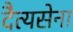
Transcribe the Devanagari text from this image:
दैत्यसेना